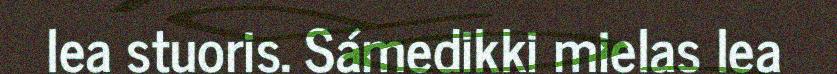
lea stuoris. Sámedikki mielas lea